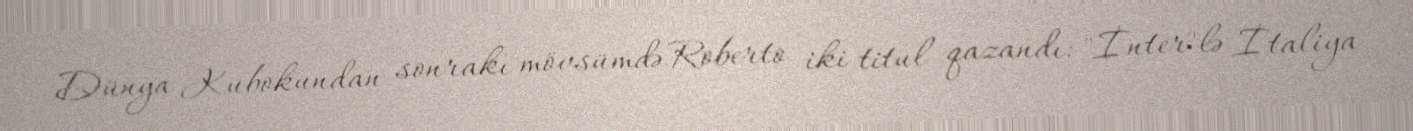
Dünya Kubokundan sonrakı mövsümdə Roberto iki titul qazandı: "İnter"lə İtaliya